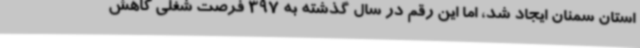
استان سمنان ایجاد شد، اما این رقم در سال گذشته به 397 فرصت شغلی کاهش